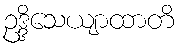
ဥဒ္ဒိသေယျာထာတိ